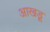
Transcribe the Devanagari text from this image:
आखडू